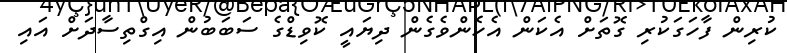
ކުރިން ފާހަގަކުރި ގޮތަށް އެކަން އެހެންވެގެން ދިޔައީ ކޮވިޑްގެ ސަބަބުން އިގްތިސާދަށް އައި